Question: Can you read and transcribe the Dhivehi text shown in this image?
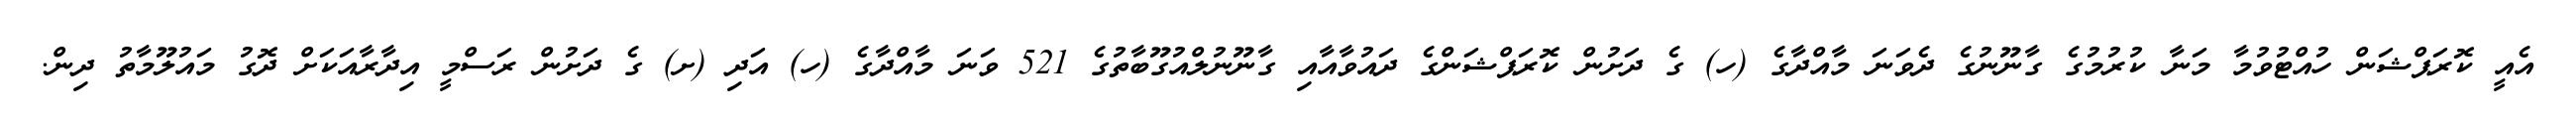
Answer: އެއީ ކޮރަޕްޝަން ހުއްޓުވުމާ މަނާ ކުރުމުގެ ގާނޫނުގެ ދެވަނަ މާއްދާގެ (ހ) ގެ ދަށުން ކޮރަޕްޝަންގެ ދައުވާއާއި ގާނޫނުލްއުގޫބާތުގެ 521 ވަނަ މާއްދާގެ (ހ) އަދި (ށ) ގެ ދަށުން ރަސްމީ އިދާރާއަކަށް ދޮގު މައުލޫމާތު ދިން.